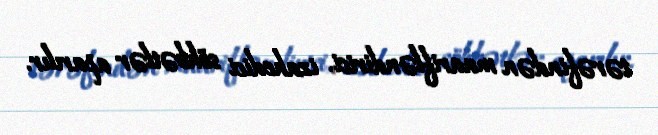
tərəfindən maarifləndirici, izahedici söhbətlər aparılır.